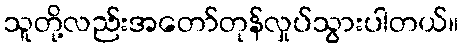
သူတို့လည်းအတော်တုန်လှုပ်သွားပါတယ်။